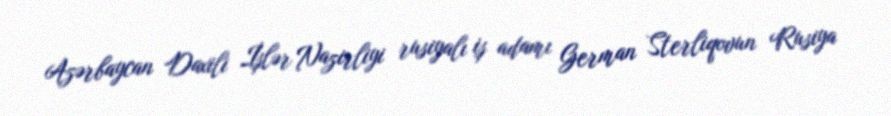
Azərbaycan Daxili İşlər Nazirliyi rusiyalı iş adamı German Sterliqovun Rusiya